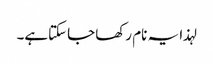
لہذا یہ نام رکھا جاسکتاہے۔